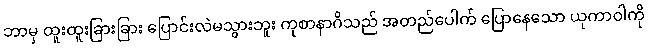
ဘာမှ ထူးထူးခြားခြား ပြောင်းလဲမသွားဘူး ကုစာနာဂိသည် အတည်ပေါက် ပြောနေသော ယုကာဝါကို